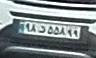
۹۸د۵۵۸۹۹